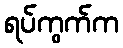
ရပ်ကွက်က